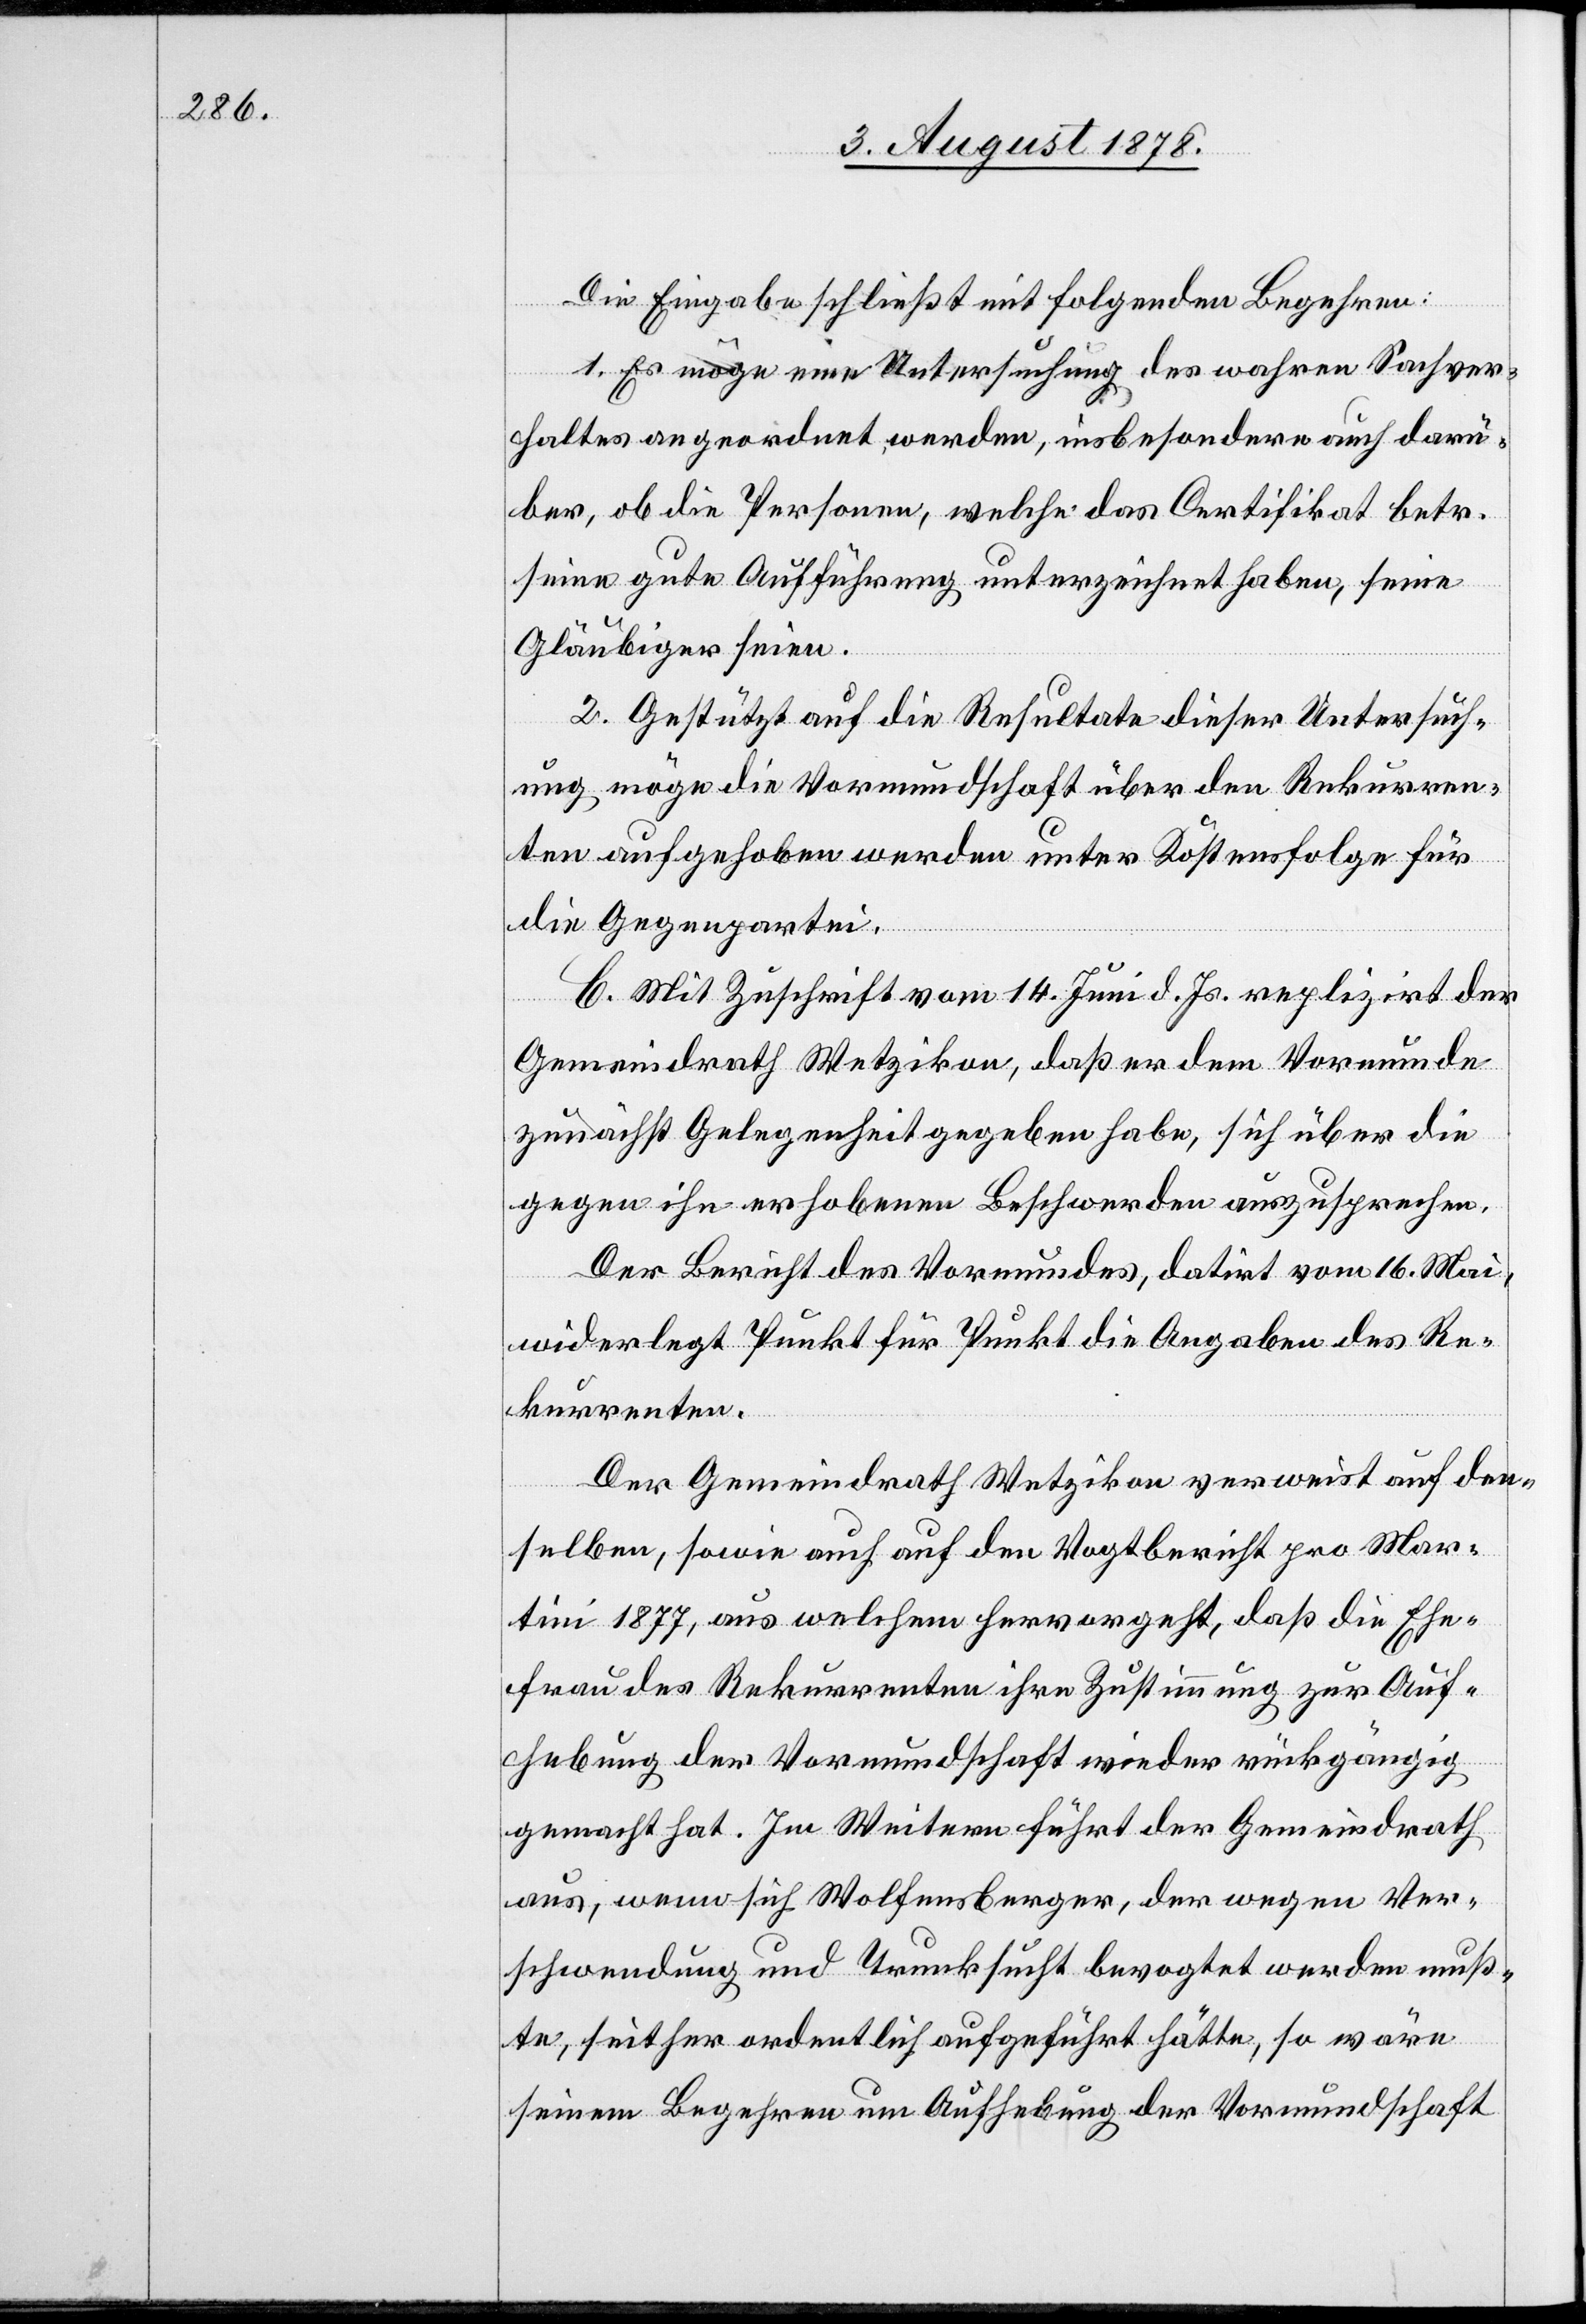
Die Eingabe schließt mit folgenden Begehren:
1. Es möge eine Untersuchung des wahren Sachver¬
haltes angeordnet werden, insbesondere auch darü¬
ber, ob die Personen, welche das Certifikat betr.
seine gute Aufführung unterzeichnet haben, seine
Gläubiger seien.
2. Gestützt auf die Resultate dieser Untersuch¬
ung möge die Vormundschaft über den Rekurren¬
ten aufgehoben werden unter Kostenfolge für
die Gegenpartei.
C. Mit Zuschrift vom 14. Juni d. Js. replizirt der
Gemeindrath Wetzikon, daß er dem Vormunde
zunächst Gelegenheit gegeben habe, sich über die
gegen ihn erhobenen Beschwerden auszusprechen.
Der Bericht des Vormundes, datirt vom 16. Mai,
widerlegt Punkt für Punkt die Angaben des Re¬
kurrenten.
Der Gemeindrath Wetzikon verweist auf den¬
selben, sowie auch auf den Vogtbericht pro Mar¬
tini 1877, aus welchem hervorgeht, daß die Ehe¬
frau des Rekurrenten ihre Zustimmung zur Auf¬
hebung der Vormundschaft wieder rückgängig
gemacht hat. Im Weitern führt der Gemeindrath
aus, wenn sich Wolfensberger, der wegen Ver¬
schwendung und Trunksucht bevogtet werden muß¬
te, seither ordentlich aufgeführt hätte, so wäre
seinem Begehren um Aufhebung der Vormundschaft